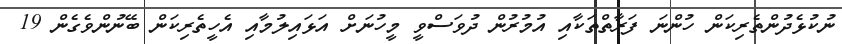
ނުކުޅެދުންތެރިކަން ހުންނަ ފަރާތްތަކާއި އުމުރުން ދުވަސްވީ މީހުނަށް އަޅައިލުމާއި އެހީތެރިކަން ބޭނުންވެގެން 19